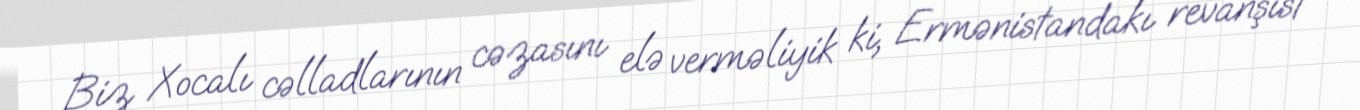
Biz Xocalı cəlladlarının cəzasını elə verməliyik ki, Ermənistandakı revanşist